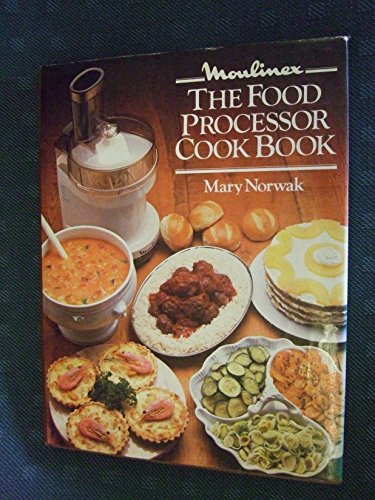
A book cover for Moulinex Food Processor Cook Book; Mary Norwak; Cookbooks, Food & Wine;